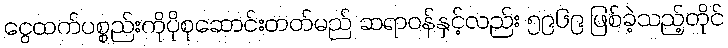
ငွေထက်ပစ္စည်းကိုပိုစုဆောင်းတတ်မည် ဆရာဝန်နှင့်လည်း ၅၉၆၉ ဖြစ်ခဲ့သည့်တိုင်